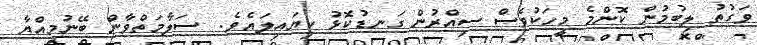
ވަގުތު ލިބުމުން ކޮންމެ މީހަކުވެސް ސިއްރުން ގަނޑުކޮޅު ކިޔައިލައެވެ.  ސަލާމަތްވާން ބޭނުމިއްޔާ